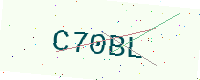
Text: C70BL